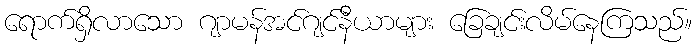
ရောက်ရှိလာသော ဂျာမန်အင်ဂျင်နီယာများ ခြေချင်းလိမ်နေကြသည်။